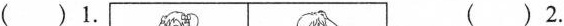
（）1. （）2.